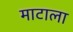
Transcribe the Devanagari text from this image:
माटाला